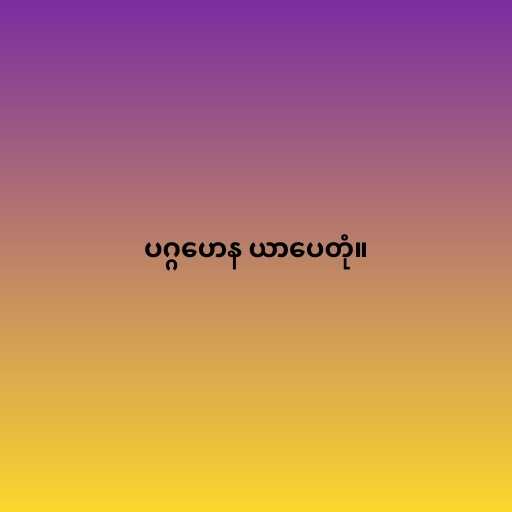
ပဂ္ဂဟေန ယာပေတုံ။